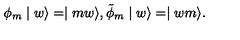
\phi _ { m } \mid w \rangle = \mid m w \rangle , \tilde { \phi } _ { m } \mid w \rangle = \mid w m \rangle .